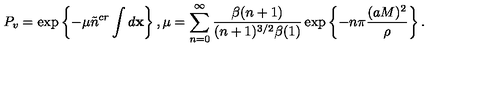
P _ { v } = \exp \left\{ - \mu \tilde { n } ^ { c r } \int d { \bf x } \right\} , \mu = \sum _ { n = 0 } ^ { \infty } \frac { \beta ( n + 1 ) } { ( n + 1 ) ^ { 3 / 2 } \beta ( 1 ) } \exp \left\{ - n \pi \frac { ( a M ) ^ { 2 } } \rho \right\} .